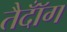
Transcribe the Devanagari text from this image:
तैदॉँग